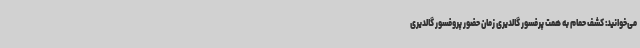
می‌خوانید: کشف حمام به همت پرفسور گالدیری زمان حضور پروفسور گالدیری